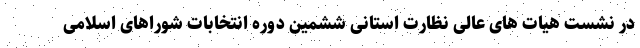
در نشست هیات های عالی نظارت استانی ششمین دوره انتخابات شوراهای اسلامی